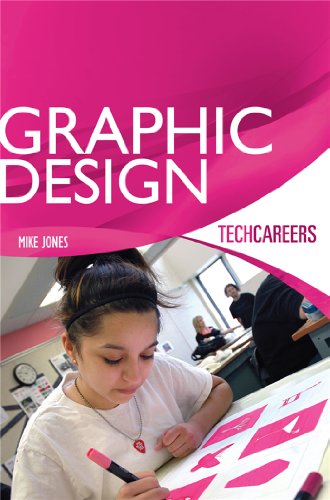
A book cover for Radiation Protection: A Guide for Scientists and Physicians, Third Edition; Jacob Shapiro; Science & Math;